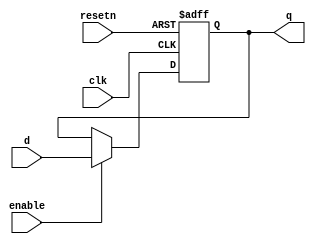
/*
Anthony De Caria - November 04, 2014

This is a D Flip Flop with a separate enable and an asynchronous reset.
*/

module D_FF_Enable_Async(clk, resetn, enable, d, q);
	
	input clk;
	input resetn;
	input enable;
	input d;
	output reg q;
	
	always @(posedge clk or negedge resetn)
	begin
		if (!resetn)
		begin
			q <= 1'b0;
		end
		else
		begin
			if (enable)
			begin
				q <= d;
			end
		end
	end
	
endmodule